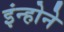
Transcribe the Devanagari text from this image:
इंन्होने